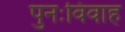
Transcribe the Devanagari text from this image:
पुनःविवाह